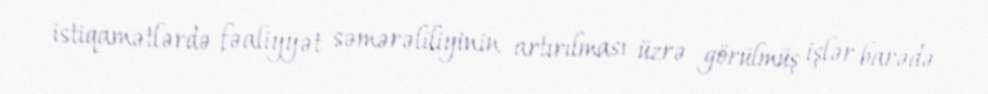
istiqamətlərdə fəaliyyət səmərəliliyinin artırılması üzrə görülmüş işlər barədə